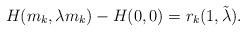
LaTeX: \begin{align*}H(m_k,\lambda m_k)-H(0,0)=r_k(1,\tilde{\lambda}).\end{align*}